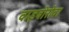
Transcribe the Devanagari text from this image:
वाइबोरोवा